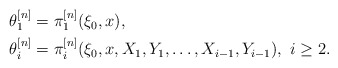
\begin{align*}\begin{aligned}\theta^{[n]}_1&=\pi^{[n]}_1(\xi_0,x),\\\theta^{[n]}_i&=\pi^{[n]}_i(\xi_0,x,X_1,Y_1,\dots,X_{i-1},Y_{i-1}),~i\geq2.\end{aligned}\end{align*}